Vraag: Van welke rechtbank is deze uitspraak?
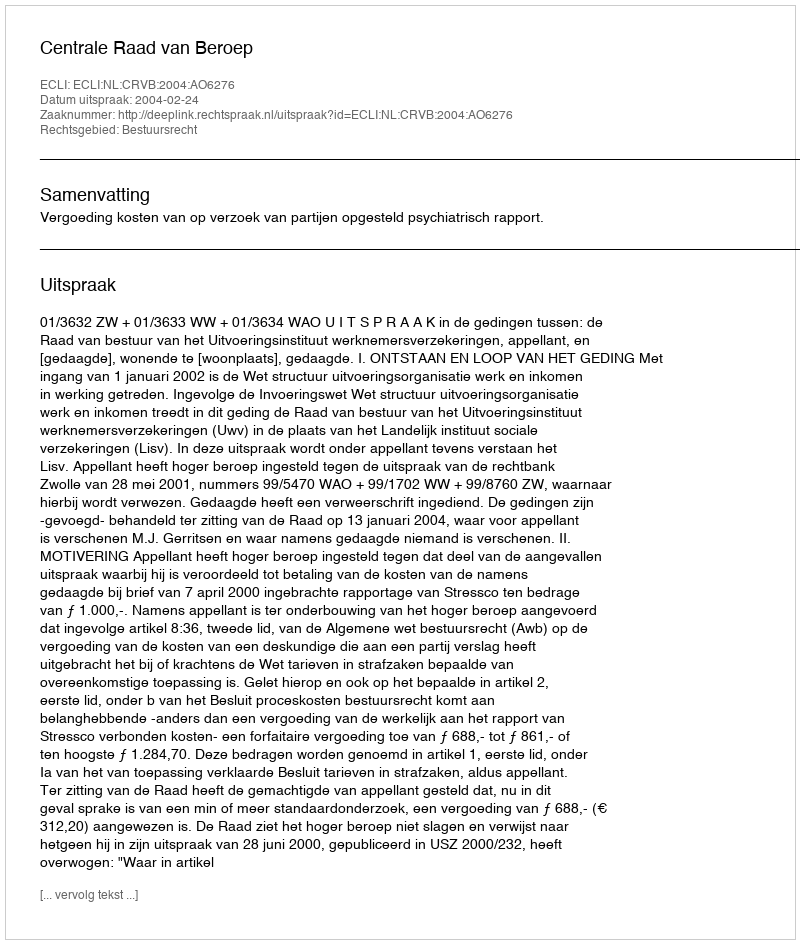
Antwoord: Centrale Raad van Beroep